Report of the Indian Hemp Drugs Commission, 1894-1895 - Volume I
Year: 1894
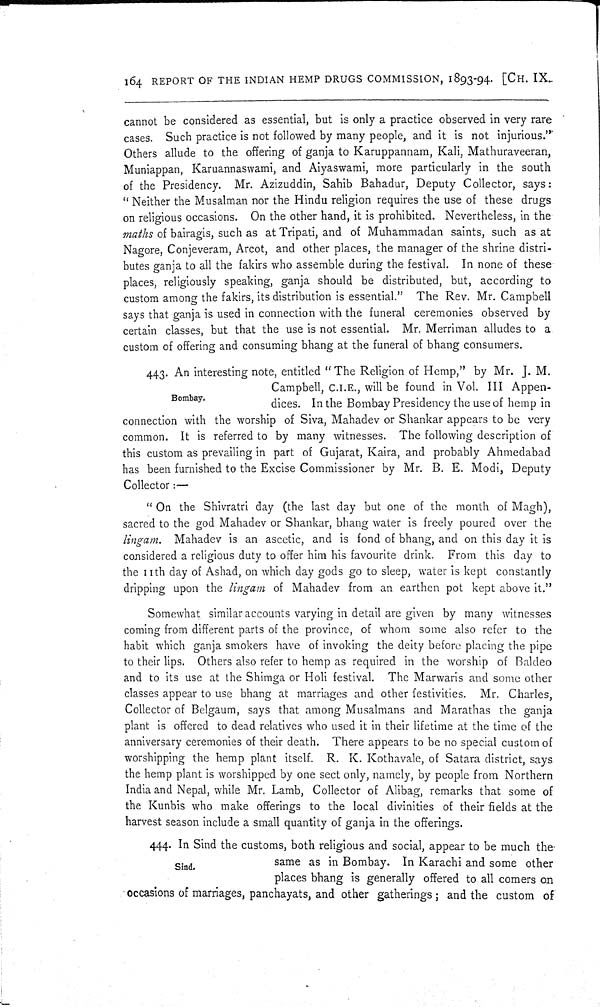
164 REPORT OF THE INDIAN HEMP DRUGS COMMISSION, 1893-94. [CH. IX.
cannot be considered as essential, but is only a practice observed in very rare
cases. Such practice is not followed by many people, and it is not injurious.'
Others allude to the offering of ganja to Karuppannam, Kali, Mathuraveeran,
Muniappan, Karuannaswami, and Aiyaswami, more particularly in the south
of the Presidency. Mr. Azizuddin, Sahib Bahadur, Deputy Collector, says:
" Neither the Musalman nor the Hindu religion requires the use of these drugs
on religious occasions. On the other hand, it is prohibited. Nevertheless, in the
maths of bairagis, such as at Tripati, and of Muhammadan saints, such as at
Nagore, Conjeveram, Arcot, and other places, the manager of the shrine distri-
butes ganja to all the fakirs who assemble during the festival. In none of these
places, religiously speaking, ganja should be distributed, but, according to
custom among the fakirs, its distribution is essential." The Rev. Mr. Campbell
says that ganja is used in connection with the funeral ceremonies observed by
certain classes, but that the use is not essential. Mr. Merriman alludes to a
custom of offering and consuming bhang at the funeral of bhang consumers.
Bombay.
443. An interesting note, entitled " The Religion of Hemp," by Mr. J. M.
Campbell, C.I.E., will be found in Vol. III Appen-
dices. In the Bombay Presidency the use of hemp in,
connection with the worship of Siva, Mahadev or Shankar appears to be very
common. It is referred to by many witnesses. The following description of
this custom as prevailing in part of Gujarat, Kaira, and probably Ahmedabad
has been furnished to the Excise Commissioner by Mr. B. E. Modi, Deputy
Collector:—
" On the Shivratri day (the last day but one of the month of Magh),
sacred to the god Mahadev or Shankar, bhang water is freely poured over the
lingam. Mahadev is an ascetic, and is fond of bhang, and on this day it is
considered a religious duty to offer him his favourite drink. From this day to
the nth day of Ashad, on which day gods go to sleep, water is kept constantly
dripping upon the lingam of Mahadev from an earthen pot kept above it."
Somewhat similar accounts varying in detail are given by many witnesses
coming from different parts of the province, of whom some also refer to the
habit which ganja smokers have of invoking the deity before placing the pipe
to their lips. Others also refer to hemp as required in the worship of Baldeo
and to its use at the Shimga or Holi festival. The Marwaris and some other
classes appear to use bhang at marriages and other festivities. Mr. Charles,
Collector of Belgaum, says that among Musalmans and Marathas the ganja
plant is offered to dead relatives who used it in their lifetime at the time of the
anniversary ceremonies of their death. There appears to be no special custom of
worshipping the hemp plant itself. R. K. Kothavale, of Satara district, says
the hemp plant is worshipped by one sect only, namely, by people from Northern
India and Nepal, while Mr. Lamb, Collector of Alibag, remarks that some of
the Kunbis who make offerings to the local divinities of their fields at the
harvest season include a small quantity of ganja in the offerings.
Sind.
444. In Sind the customs, both religious and social, appear to be much the
same as in Bombay. In Karachi and some other
places bhang is generally offered to all comers on
occasions of marriages, panchayats, and other gatherings; and the custom of